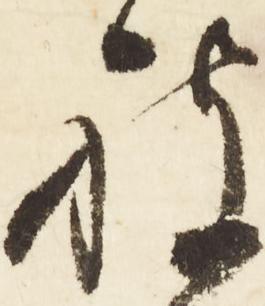
被